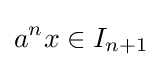
a^{n}x\in I_{n+1}